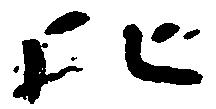
比